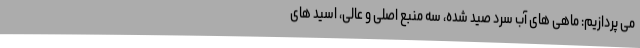
می پردازیم: ماهی های آب سرد صید شده، سه منبع اصلی و عالی، اسید های